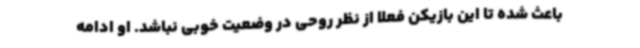
باعث شده تا این بازیکن فعلا از نظر روحی در وضعیت خوبی نباشد. او ادامه